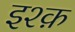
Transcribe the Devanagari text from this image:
इश्‍क़